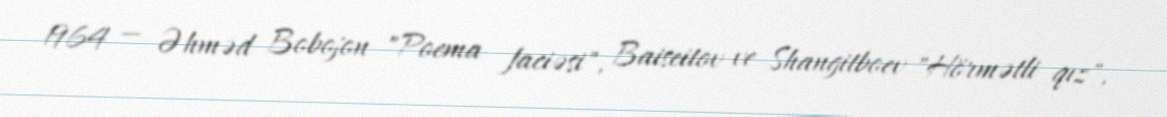
1964 — Əhməd Bobojon "Poema faciəsi", Baiseitov ve Shangitboev "Hörmətli qız",